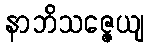
နာဘိသဇ္ဇေယျ